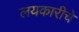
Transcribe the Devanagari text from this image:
लयकारीचे